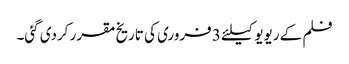
فلم کے ریویو کیلئے 3 فروری کی تاریخ مقرر کردی گئی۔